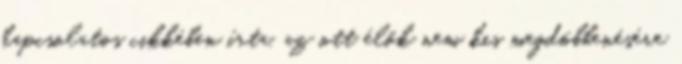
kapcsolatos cikkében írta, az ott élők nem kis megdöbbenésére